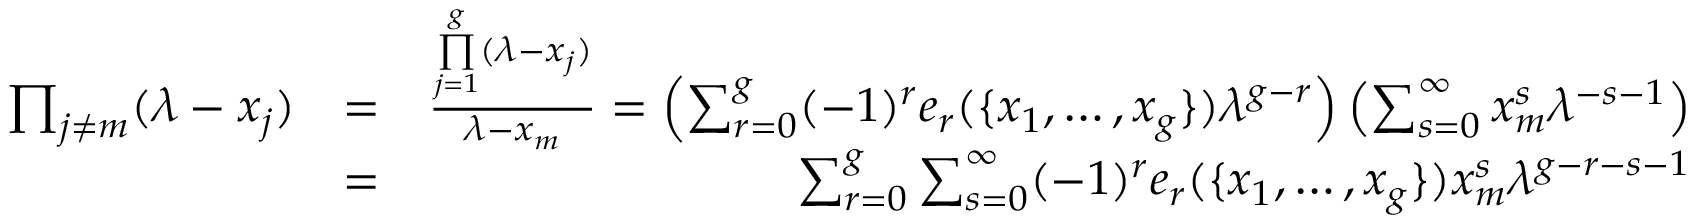
\begin{array} { r l r } { \prod _ { j \neq m } ( \lambda - x _ { j } ) } & { = } & { \frac { \underset { j = 1 } { \overset { g } { \prod } } ( \lambda - x _ { j } ) } { \lambda - x _ { m } } = \left( \sum _ { r = 0 } ^ { g } ( - 1 ) ^ { r } e _ { r } ( \{ x _ { 1 } , \dots , x _ { g } \} ) \lambda ^ { g - r } \right) \left( \sum _ { s = 0 } ^ { \infty } x _ { m } ^ { s } \lambda ^ { - s - 1 } \right) } \\ & { = } & { \sum _ { r = 0 } ^ { g } \sum _ { s = 0 } ^ { \infty } ( - 1 ) ^ { r } e _ { r } ( \{ x _ { 1 } , \dots , x _ { g } \} ) x _ { m } ^ { s } \lambda ^ { g - r - s - 1 } } \end{array}